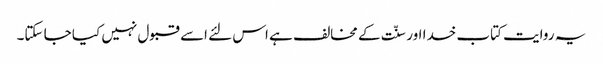
یہ روایت کتاب خدا اور سنّت کے مخالف ہے اس لئے اسے قبول نہیں کیا جا سکتا۔